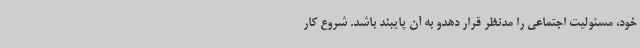
خود، مسئولیت اجتماعی را مدنظر قرار دهدو به آن پایبند باشد. شروع کار